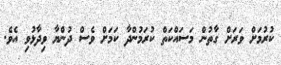
ކުރުމަށް ވަރަށް ގާތުން މަސައްކަތް ކުރަމުންދާ ކަމަށް ވެސް ދުންޔާ ވިދާޅުވި އެވެ.